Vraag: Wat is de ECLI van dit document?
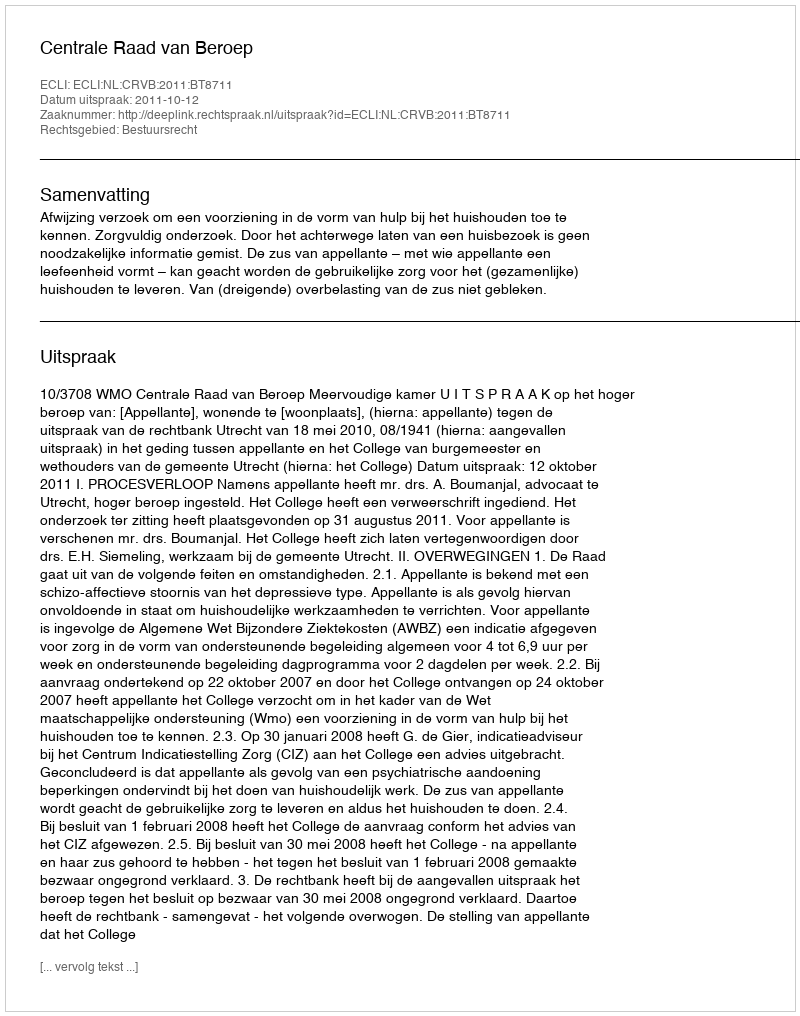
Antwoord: ECLI:NL:CRVB:2011:BT8711